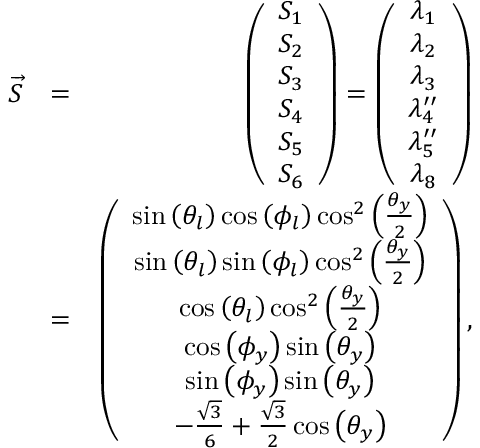
\begin{array} { r l r } { \overrightarrow { S } } & { = } & { \left( \begin{array} { c } { S _ { 1 } } \\ { S _ { 2 } } \\ { S _ { 3 } } \\ { S _ { 4 } } \\ { S _ { 5 } } \\ { S _ { 6 } } \end{array} \right) = \left( \begin{array} { c } { \lambda _ { 1 } } \\ { \lambda _ { 2 } } \\ { \lambda _ { 3 } } \\ { \lambda _ { 4 } ^ { \prime \prime } } \\ { \lambda _ { 5 } ^ { \prime \prime } } \\ { \lambda _ { 8 } } \end{array} \right) } \\ & { = } & { \left( \begin{array} { c } { \sin \left( \theta _ { l } \right) \cos \left( \phi _ { l } \right) \cos ^ { 2 } \left( \frac { \theta _ { y } } { 2 } \right) } \\ { \sin \left( \theta _ { l } \right) \sin \left( \phi _ { l } \right) \cos ^ { 2 } \left( \frac { \theta _ { y } } { 2 } \right) } \\ { \cos \left( \theta _ { l } \right) \cos ^ { 2 } \left( \frac { \theta _ { y } } { 2 } \right) } \\ { \cos \left( \phi _ { y } \right) \sin \left( \theta _ { y } \right) } \\ { \sin \left( \phi _ { y } \right) \sin \left( \theta _ { y } \right) } \\ { - \frac { \sqrt { 3 } } { 6 } + \frac { \sqrt { 3 } } { 2 } \cos \left( \theta _ { y } \right) } \end{array} \right) , } \end{array}